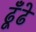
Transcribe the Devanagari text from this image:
ढूँढे